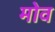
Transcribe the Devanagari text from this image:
मोव